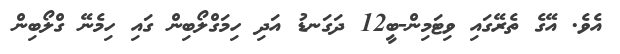
އެވެ. އޭގެ ތެރޭގައި ވިޓަމިން-ބީ12 ދަގަނޑު އަދި ހިމަގްލޯބިން ގައި ހިމެނޭ ގްލޯބިން